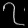
Digit: ၇